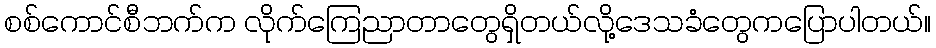
စစ်ကောင်စီဘက်က လိုက်ကြေညာတာတွေရှိတယ်လို့ဒေသခံတွေကပြောပါတယ်။